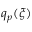
q _ { p } ( \xi )